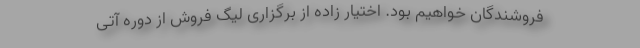
فروشندگان خواهیم بود. اختیار زاده از برگزاری لیگ فروش از دوره آتی